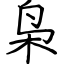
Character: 枭